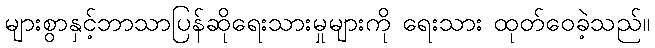
များစွာနှင့်ဘာသာပြန်ဆိုရေးသားမှုများကို ရေးသား ထုတ်ဝေခဲ့သည်။